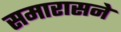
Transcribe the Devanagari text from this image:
समारासने